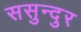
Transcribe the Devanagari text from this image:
ससुन्दुर